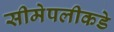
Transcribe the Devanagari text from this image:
सीमेपलीकडे